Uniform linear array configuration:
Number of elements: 8
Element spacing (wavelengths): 0.5
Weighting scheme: exponential
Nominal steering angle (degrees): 45
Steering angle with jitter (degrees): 44.78
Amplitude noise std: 0.05
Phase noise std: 0.05

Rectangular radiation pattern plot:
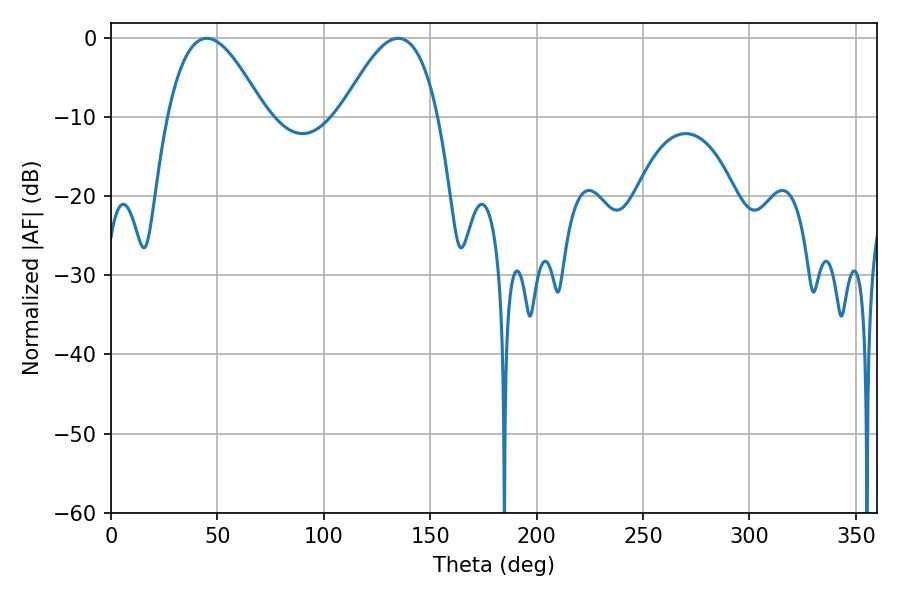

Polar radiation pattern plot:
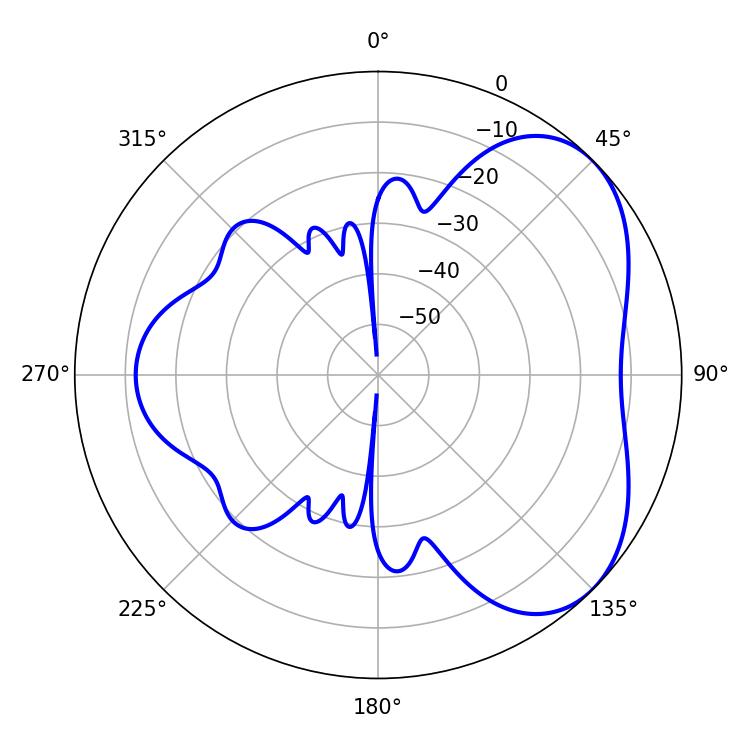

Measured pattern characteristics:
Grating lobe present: FALSE
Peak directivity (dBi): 4.693
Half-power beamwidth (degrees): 24.84
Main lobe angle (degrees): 45